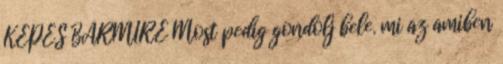
KÉPES BÁRMIRE Most pedig gondolj bele. mi az amiben